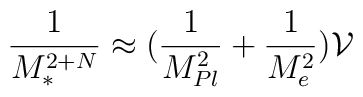
\frac{1}{M_{*}^{2+N}} \approx (\frac{1}{M_{Pl}^{2}} + \frac{1}{M_{e}^{2}}){\cal V}